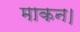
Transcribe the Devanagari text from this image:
माकन।